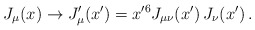
\begin{align*}J_{\mu}(x)\rightarrow J_\mu'(x')=x'^6J_{\mu\nu}(x')\,J_\nu(x') \, .\end{align*}